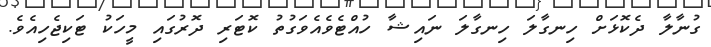
ގުނާލާ ދެކޮޅަށް ހިނގާލަ ހިނގާލަ ނައިޝާ ހުއްޓެވެއެވަގުތު ކޮޓަރި ދޮރުގައި މީހަކު ޓަކިޖެހިއެވެ.